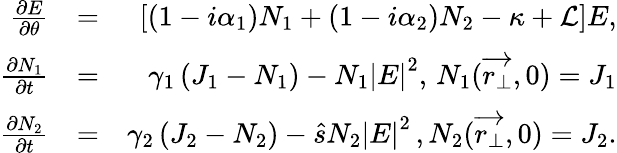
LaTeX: \begin{array}{rlr}{\frac{\partial E}{\partial\theta}}&{=}&{\left[\left(1-i\alpha_{1}\right)N_{1}+\left(1-i\alpha_{2}\right)N_{2}-\kappa+\mathcal{L}\right]E,}\\ {\frac{\partial N_{1}}{\partial t}}&{=}&{\gamma_{1}\left(J_{1}-N_{1}\right)-N_{1}\left|E\right|^{2},\, N_{1}(\overrightarrow{r_{\perp}},0)=J_{1}}\\ {\frac{\partial N_{2}}{\partial t}}&{=}&{\gamma_{2}\left(J_{2}-N_{2}\right)-\hat{s}N_{2}\left|E\right|^{2}\, ,N_{2}(\overrightarrow{r_{\perp}},0)=J_{2}.}\end{array}